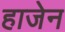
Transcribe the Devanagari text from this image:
हाजेन